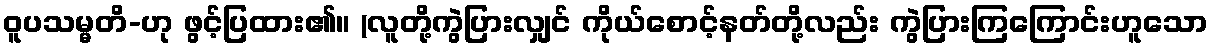
ဝူပသမ္မတိ-ဟု ဖွင့်ပြထား၏။ (လူတို့ကွဲပြားလျှင် ကိုယ်စောင့်နတ်တို့လည်း ကွဲပြားကြကြောင်းဟူသော